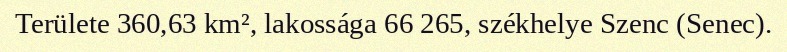
Területe 360,63 km², lakossága 66 265, székhelye Szenc (Senec).